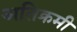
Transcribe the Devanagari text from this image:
अतिक्रमी